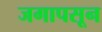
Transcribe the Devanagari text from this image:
जगापसून